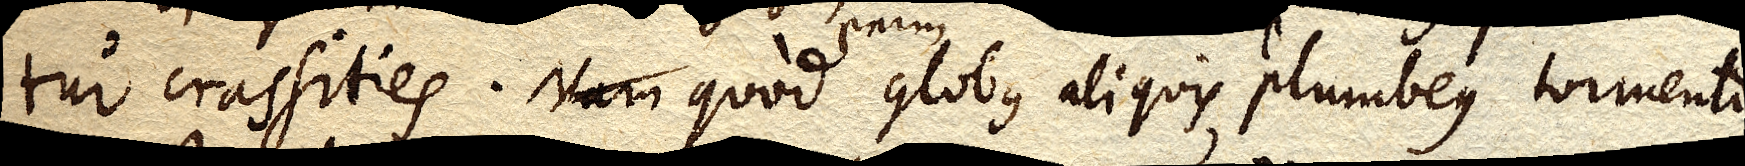
tur crassities. Nam quod enim globus aliquis plumbeus tormento